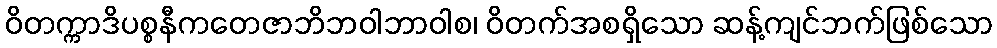
ဝိတက္ကာဒိပစ္စနီကတေဇာဘိဘဝါဘာဝါစ၊ ဝိတက်အစရှိသော ဆန့်ကျင်ဘက်ဖြစ်သော